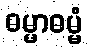
ဓမ္မာဓမ္မံ